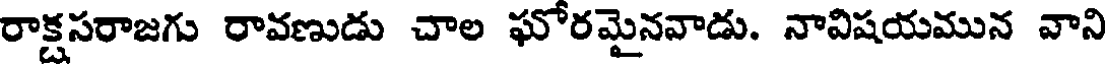
రాక్షసరాజగు రావణుడు చాల ఘోరమైనవాడు. నావిషయమున వాని